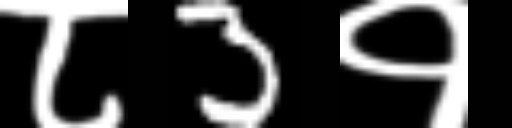
Text: ८3१